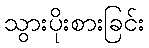
သွားပိုးစားခြင်း